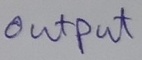
Text: OUTPUT